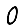
Digit: 0